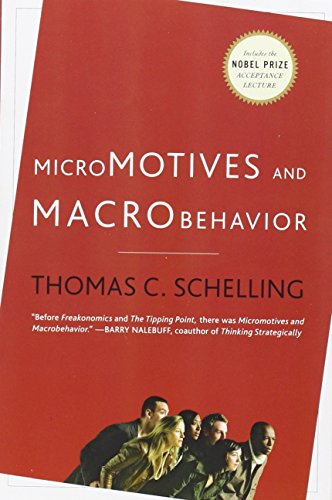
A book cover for Micromotives and Macrobehavior; Thomas C. Schelling; Business & Money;